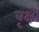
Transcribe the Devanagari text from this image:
बृक्षों